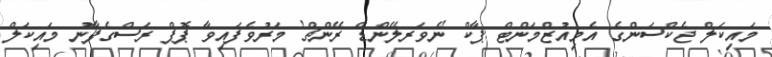
މައިކަލް ޖެކްސަންގެ އެމިއުޒްމަންޓް ޕާކް 'ނެވަރލޭންޑް ރޭންޗް' މަރުވެފައިވާ ޕޮޕް ރަސްގެފާނު މައިކަލް